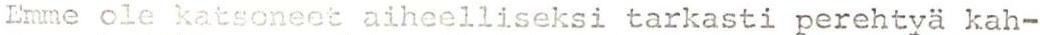
Emme ole katsoneet aiheelliseksi tarkasti perehtyä kah-